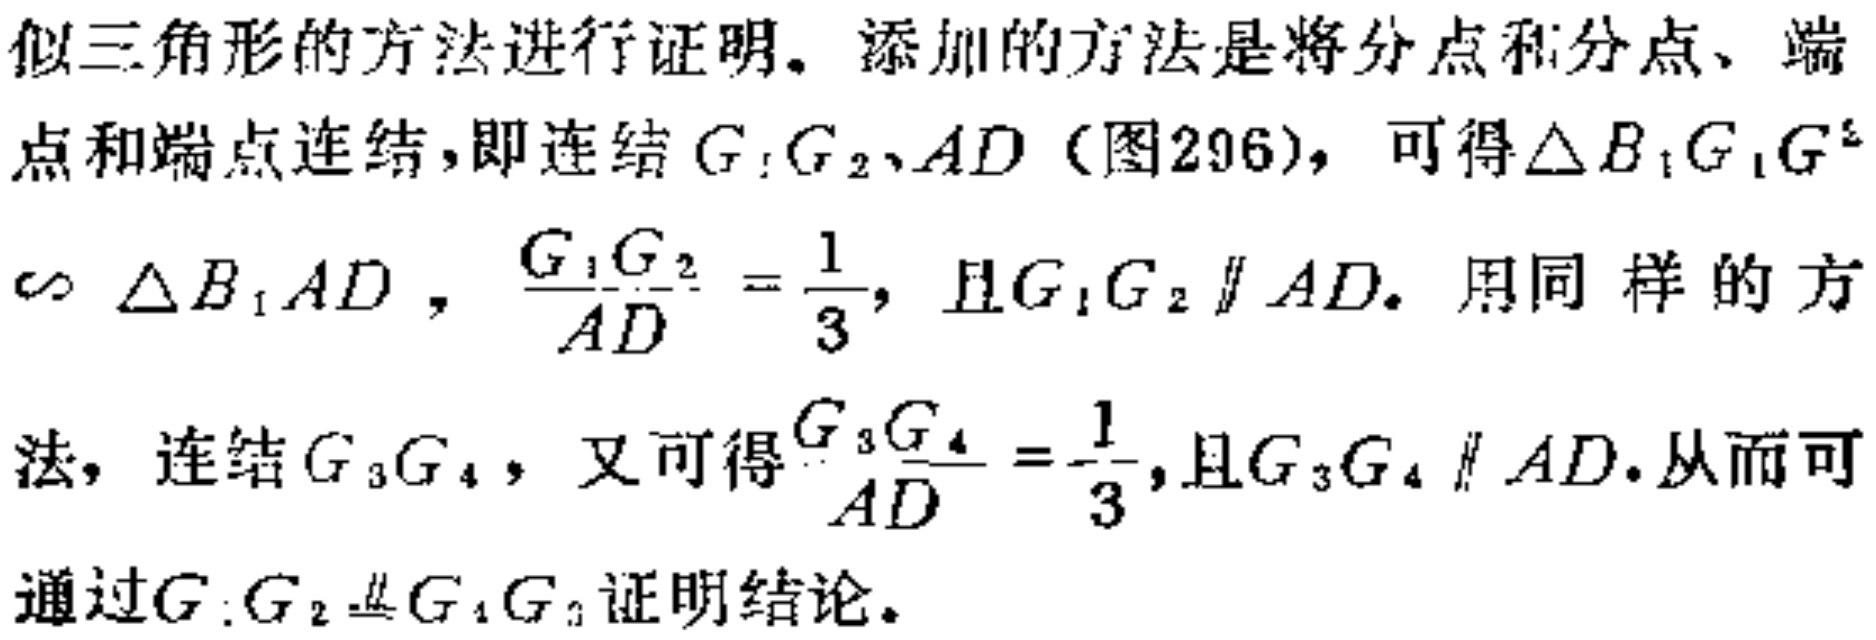
似三角形的方法进行证明。添加的方法是将分点和分点、端点和端点连结，即连结 \(G_1G_2、AD\)（图296），可得\(\triangle B_1G_1G_2\sim \triangle B_1AD\)，\(\frac{G_1G_2}{AD}=\frac{1}{3}\)，且\(G_1G_2\parallel AD\)。用同样的方法，连结 \(G_3G_4\)，又可得\(\frac{G_3G_4}{AD}=\frac{1}{3}\)，且\(G_3G_4\parallel AD\)。从而可通过\(G_1G_2\equalparallel G_4G_3\)证明结论。